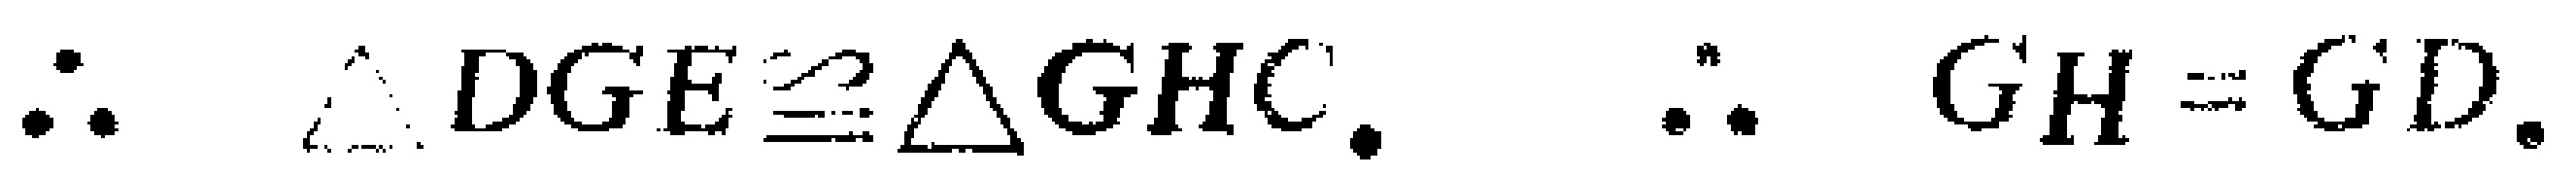
\(\therefore \triangle DGE\cong\triangle GHC.\ \therefore GH = GD.\)